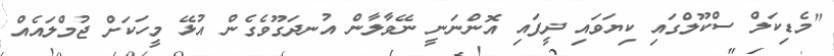
"މެޑިކަލް ސްކޫލްގައި ކިޔަވައި ދީފައި އޮންނަނީ ނޭވާލާން އުނދަގޫވެގެން އުޅޭ މީހަކަށް ޖުމްލައެއް